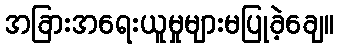
အခြားအရေးယူမှုများမပြုခဲ့ချေ။